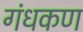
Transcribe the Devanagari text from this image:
गंधकण